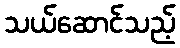
သယ်ဆောင်သည့်